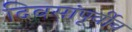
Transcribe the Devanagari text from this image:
दिवसांपूर्वीच